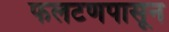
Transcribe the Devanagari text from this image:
फलटणपासून